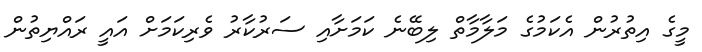
މީގެ އިތުރުން އެކަމުގެ މަލާމާތް ލިބޭނެ ކަމަށާއި ސަރުކާރު ވެރިކަމަށް އައީ ރައްޔިތުން